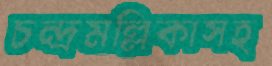
চন্দ্রমল্লিকাসহ